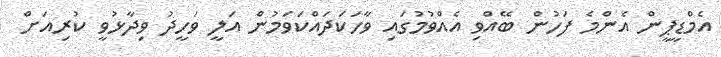
އެމްޑީޕީން އެންމެ ފަހުން ބޭއްވި އެއްވުމުގައި ވާހަކަދައްކަވަމުން އަލީ ވަހީދު ވިދާޅުވީ ކުރިއަށް